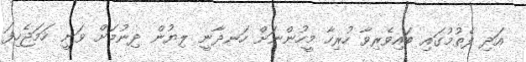
އަދި ފެތުމުގައި ބައިވެރިވާ ހުރިހާ މީހުންނަށް ހަނދާނީ ލިޔުން ދިނުމަށް ވަނީ ހަމަޖެހިފަ